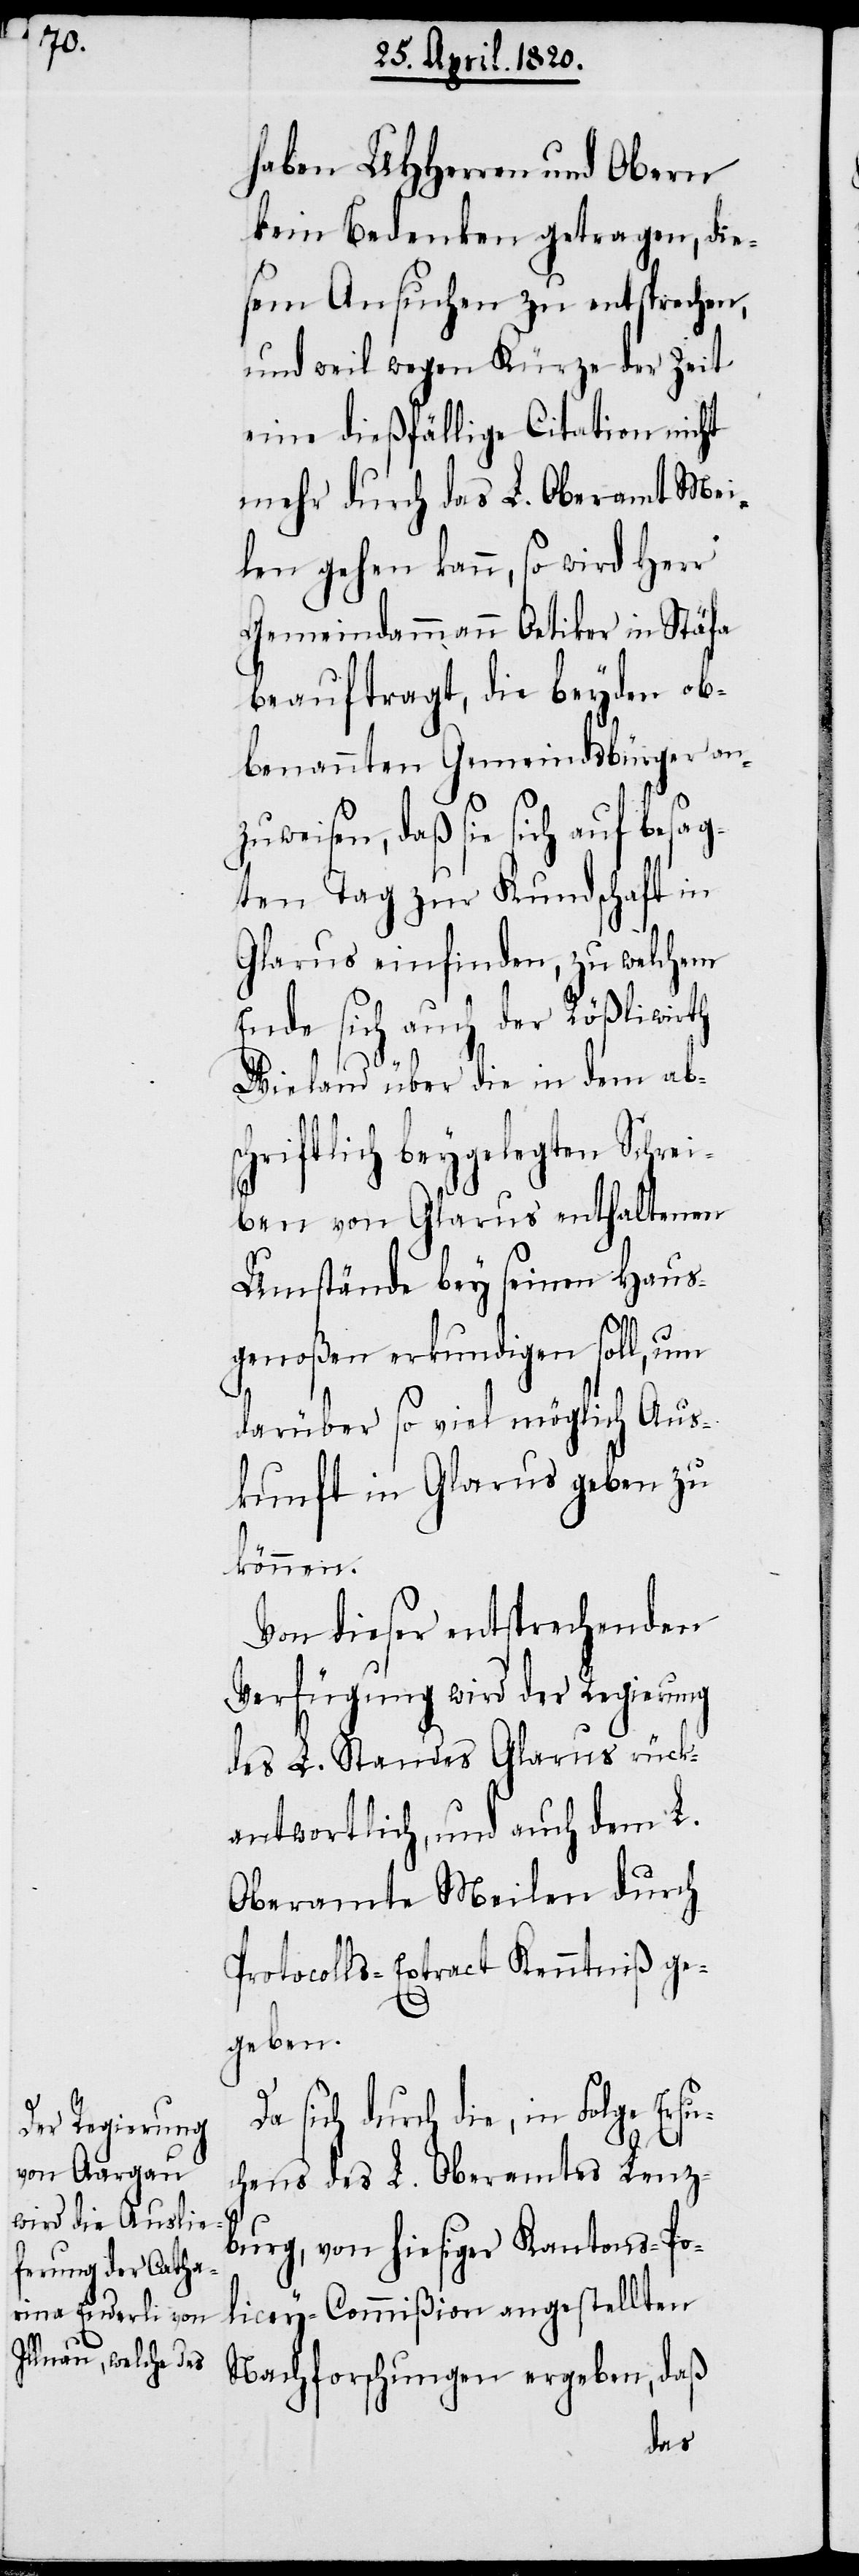
haben UHHerren und Obern
kein Bedenken getragen, die¬
sem Ansuchen zu entsprechen,
und weil wegen Kürze der Zeit
eine dießfällige Citation nicht
mehr durch das L. Oberamt Mei¬
len gehen kann, so wird Herr
Gemeindammann Oetiker in Stäfa
beauftragt, die Beyden ob¬
benannten Gemeindsbürger an¬
zuweisen, daß sie sich auf besag¬
ten Tag zur Kundschaft in
Glarus einfinden, zu welchem
Ende sich auch der Rößliwirth
Wieland über die in dem ab¬
schriftlich beygelegten Schrei¬
ben von Glarus enthaltenen
Umstände bei seinen Haus¬
genoßen erkundigen soll, um
darüber so viel möglich Aus¬
kunft in Glarus geben zu
können.
Von dieser entsprechenden
Verfügung wird der Regierung
des L. Standes Glarus rück¬
antwortlich, und auch dem L.
Oberamte Meilen durch
Protocolls-Extract Kenntniβ ge¬
geben.
Da sich durch die, in Folge Ersu¬
chens des L. Oberamtes Lenz¬
burg, von hiesiger Kantons-Po¬
licey-Commißion angestellten
Nachforschungen ergeben, daß